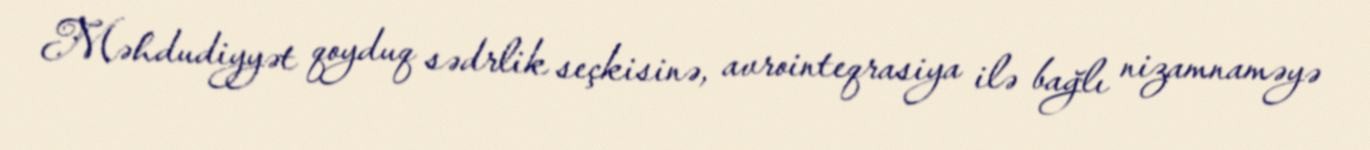
Məhdudiyyət qoyduq sədrlik seçkisinə, avrointeqrasiya ilə bağlı nizamnaməyə